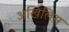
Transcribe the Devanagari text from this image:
अखिलिस